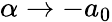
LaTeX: \alpha\to-a_{0}